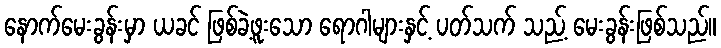
နောက်မေးခွန်းမှာ ယခင် ဖြစ်ခဲ့ဖူးသော ရောဂါများနှင့် ပတ်သက် သည့် မေးခွန်းဖြစ်သည်။